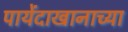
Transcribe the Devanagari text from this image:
पायेंदाखानाच्या